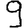
Digit: 9